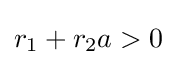
r_{1}+r_{2}a>0